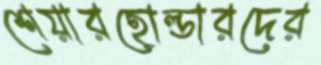
শেয়ারহোল্ডারদের